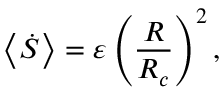
\left< \dot { S } \right> = \varepsilon \left( \frac { R } { R _ { c } } \right) ^ { 2 } ,